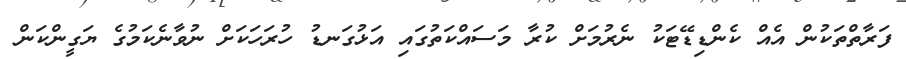
ފަރާތްތަކުން އެއް ކެންޑިޑޭޓަކު ނެރުމަށް ކުރާ މަސައްކަތުގައި އަޅުގަނޑު ހުރަހަކަށް ނުވާނެކަމުގެ ޔަގީންކަން